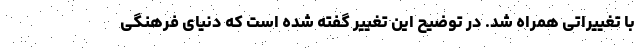
با تغییراتی همراه شد. در توضیح این تغییر گفته شده است که دنیای فرهنگی